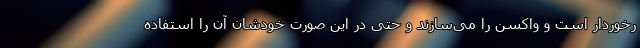
رخوردار است و واکسن را می‌سازند و حتی در این صورت خودشان آن را استفاده